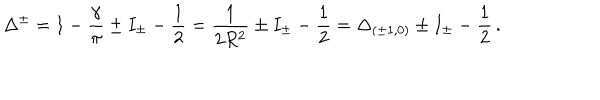
\Delta ^ { \pm } = 1 - \frac { \gamma } { \pi } \pm I _ { \pm } - \frac { 1 } { 2 } = \frac { 1 } { 2 R ^ { 2 } } \pm I _ { \pm } - \frac { 1 } { 2 } = \Delta _ { ( \pm 1 , 0 ) } \pm I _ { \pm } - \frac { 1 } { 2 } \, .